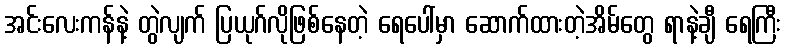
အင်းလေးကန်နဲ့ တွဲလျက် ပြယုဂ်လိုဖြစ်နေတဲ့ ရေပေါ်မှာ ဆောက်ထားတဲ့အိမ်တွေ ရာနဲ့ချီ ရေကြီး